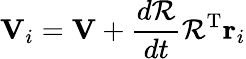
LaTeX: \mathbf{V}_{i}=\mathbf{V}+{\frac{d{\mathcal{R}}}{dt}}{\mathcal{R}}^{\mathrm{T}}\mathbf{r}_{i}